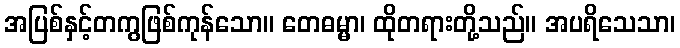
အပြစ်နှင့်တကွဖြစ်ကုန်သော။ တေဓမ္မာ၊ ထိုတရားတို့သည်။ အပရိသေသာ၊